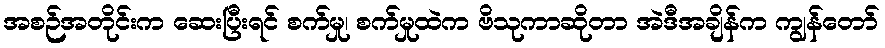
အစဉ်အတိုင်းက ဆေးပြီးရင် စက်မှု၊ စက်မှုထဲက ဗိသုကာဆိုတာ အဲဒီအချိန်က ကျွန်တော်